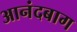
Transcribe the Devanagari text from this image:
आनंदबाग